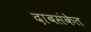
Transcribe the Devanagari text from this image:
दाबसंकेत